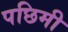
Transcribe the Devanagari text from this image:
पछिमी